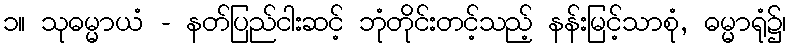
၁။ သုဓမ္မာယံ - နတ်ပြည်ငါးဆင့် ဘုံတိုင်းတင့်သည့် နန်းမြင့်သာစုံ, ဓမ္မာရုံ၌၊